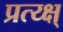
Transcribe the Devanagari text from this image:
प्रत्य्क्ष्